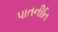
પાતનીતિ